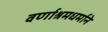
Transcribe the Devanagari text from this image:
वर्णाश्रमधर्माने